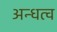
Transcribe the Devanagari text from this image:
अन्धत्व